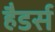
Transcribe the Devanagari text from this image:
हैडर्स